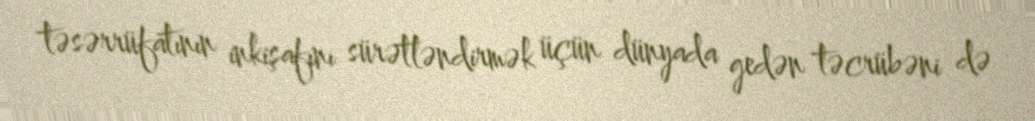
təsərrüfatının inkişafını sürətləndirmək üçün dünyada gedən təcrübəni də